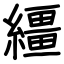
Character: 繮